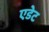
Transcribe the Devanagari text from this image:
एडेट